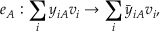
e _ { A } : \sum _ { i } y _ { i A } v _ { i } \to \sum _ { i } \bar { y } _ { i A } v _ { i } ,